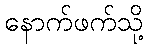
နောက်ဖက်သို့